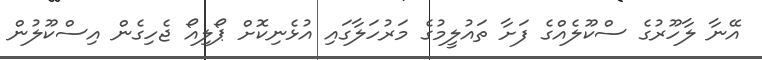
އޭނާ ލާހޫރުގެ ސްކޫލެއްގެ ފަށާ ތައުލީމުގެ މަރުހަލާގައި އުޅެނިކޮށް ޕޯލިއޯ ޖެހިގެން އިސްކޫލުން